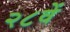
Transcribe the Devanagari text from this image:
२८वें